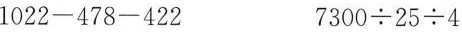
$$1022-478-422$$ $$7300\div 25\div 4$$